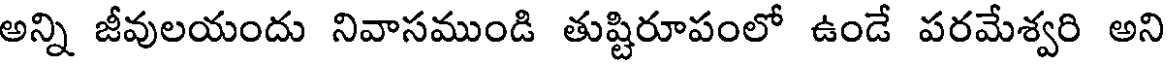
అన్ని జీవులయందు నివాసముండి తుష్టిరూపంలో ఉండే పరమేశ్వరి అని